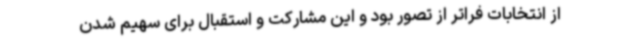
از انتخابات فراتر از تصور بود و این مشارکت و استقبال برای سهیم شدن